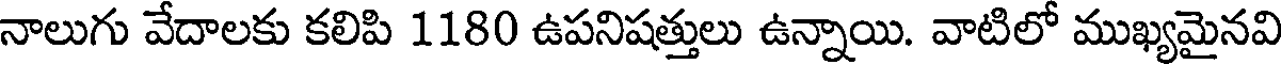
నాలుగు వేదాలకు కలిపి 1180 ఉపనిషత్తులు ఉన్నాయి. వాటిలో ముఖ్యమైనవి